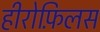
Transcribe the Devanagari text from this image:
हीरोफ़िलस